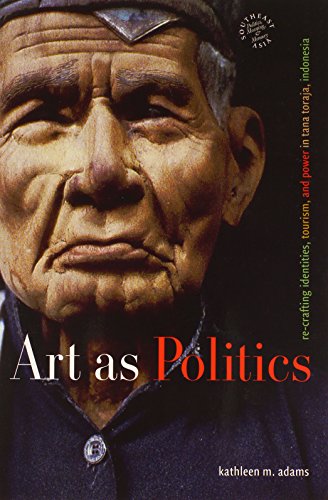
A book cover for Art as Politics: Re-Crafting Identities, Tourism, and Power in Tana Toraja, Indonesia (Southeast Asia: Politics, Meaning, and Memory); Kathleen M. Adams; Travel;